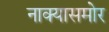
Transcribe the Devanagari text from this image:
नाक्‍यासमोर